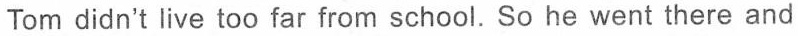
Tom didn't live too far from school.So he went there and